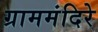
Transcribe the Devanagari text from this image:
ग्राममंदिरे